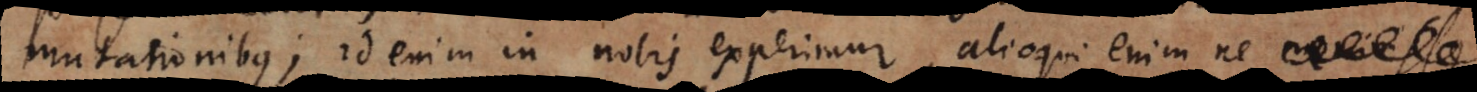
mutationibus; id enim in nobis experimur, alioqui enim ne